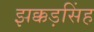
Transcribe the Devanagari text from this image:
झक्कड़सिंह